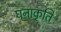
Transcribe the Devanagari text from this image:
घनाकृति